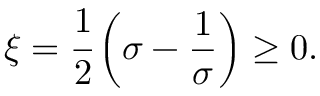
\xi = \cfrac { 1 } { 2 } \left( \sigma - \frac { 1 } { \sigma } \right) \ge 0 .